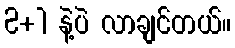
2+1 နဲ့ပဲ လာချင်တယ်။